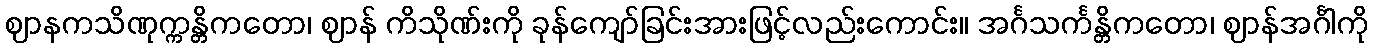
ဈာနကသိဏုက္ကန္တိကတော၊ ဈာန် ကိသိုဏ်းကို ခုန်ကျော်ခြင်းအားဖြင့်လည်းကောင်း။ အင်္ဂသင်္ကန္တိကတော၊ ဈာန်အင်္ဂါကို